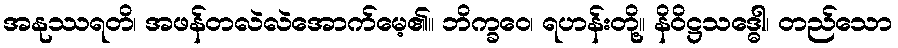
အနုဿရတိ၊ အဖန်တလဲလဲအောက်မေ့၏။ ဘိက္ခဝေ၊ ရဟန်းတို့။ နိဝိဋ္ဌသဒ္ဓေါ၊ တည်သော